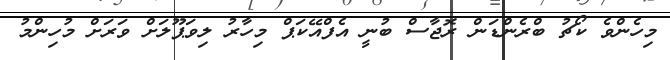
މިހެންވެ ކޯޗު ބްރެންޑަން ރޮޖާސް ބުނީ އެފްއޭކަޕް މިހާރު ލިވަޕޫލަށް ވަރަށް މުހިންމު